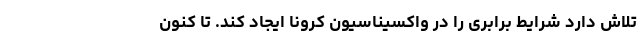
تلاش دارد شرایط برابری را در واکسیناسیون کرونا ایجاد کند. تا کنون